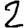
Digit: 2